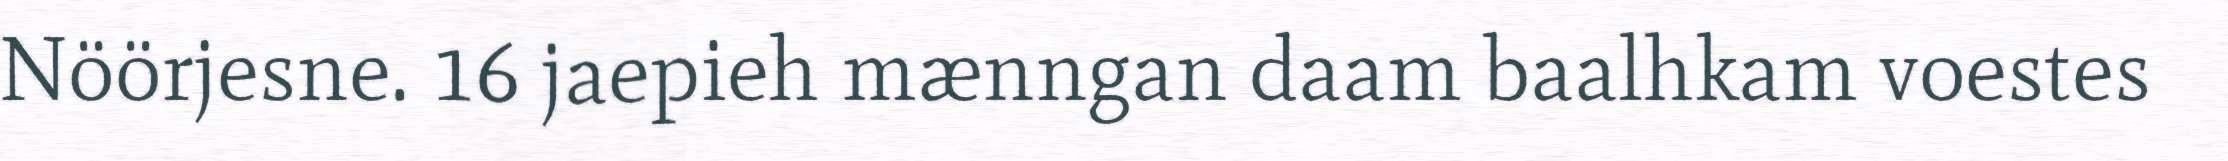
Nöörjesne. 16 jaepieh mænngan daam baalhkam voestes